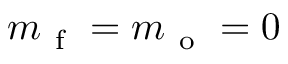
m _ { \mathrm { ~ f ~ } } = m _ { \mathrm { ~ o ~ } } = 0